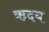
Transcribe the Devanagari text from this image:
ऋदय